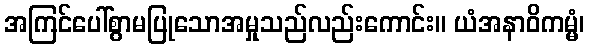
အကြင်ပေါ်စွာမပြုသောအမှုသည်လည်းကောင်း။ ယံအနာဝိကမ္မံ၊